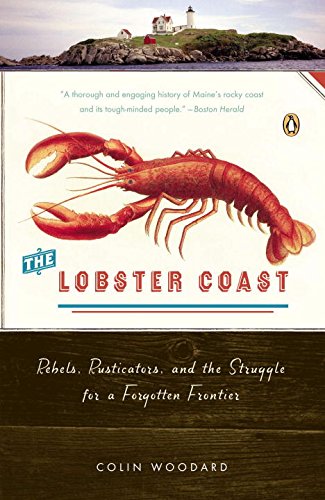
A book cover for The Lobster Coast: Rebels, Rusticators, and the Struggle for a Forgotten Frontier; Colin Woodard; Science & Math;